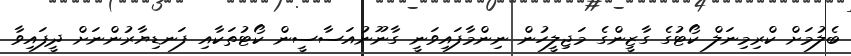
ބެލުމަށް ކްރިމިނަލް ކޯޓުގެ ގާޒީންގެ މަޖިލީހުން ނިންމާފައިވަނީ ގާނޫނުއަސާސީން ކޯޓުތަކާއި ފަނޑިޔާރުންނަށް ދީފައިވާ